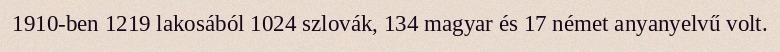
1910-ben 1219 lakosából 1024 szlovák, 134 magyar és 17 német anyanyelvű volt.